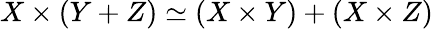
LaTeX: X\times(Y+Z)\simeq(X\times Y)+(X\times Z)